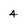
Character: 4